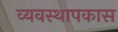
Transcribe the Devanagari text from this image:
व्यवस्थापकास